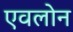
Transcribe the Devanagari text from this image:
एवलोन